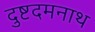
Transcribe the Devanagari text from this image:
दुष्टदमनाथ